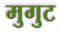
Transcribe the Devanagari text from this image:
मुगुट